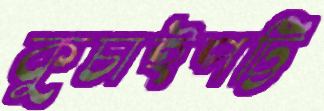
কুচাইপট্টি